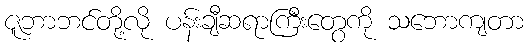
ဇူဘာဘင်တို့လို ပန်းချီဆရာကြီးတွေကို သဘောကျတာ